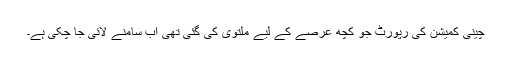
چینی کمیشن کی رپورٹ جو کچھ عرصے کے لیے ملتوی کی گئی تھی اب سامنے لائی جا چکی ہے۔